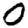
Digit: 0